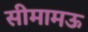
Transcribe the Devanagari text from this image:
सीमामऊ